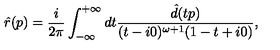
\hat { r } ( p ) = \frac { i } { 2 \pi } \int _ { - \infty } ^ { + \infty } d t \frac { \hat { d } ( t p ) } { ( t - i 0 ) ^ { \omega + 1 } ( 1 - t + i 0 ) } ,